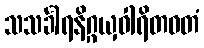
သသင်္ခါရနိဂ္ဂယှဝါရိတဝတံ